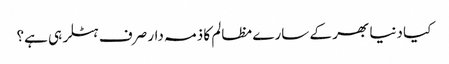
کیا دنیا بھر کے سارے مظالم کا ذمہ دار صرف ہٹلر ہی ہے؟